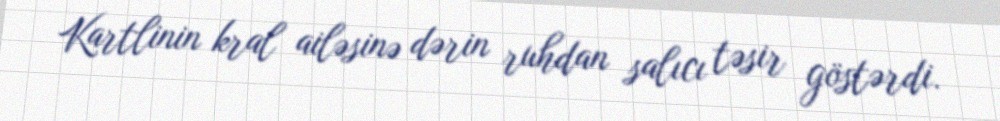
Kartlinin kral ailəsinə dərin ruhdan salıcı təsir göstərdi.